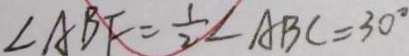
\angle A B F = \frac { 1 } { 2 } \angle A B C = 3 0 ^ { \circ }